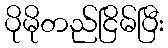
ပိုမိုတည်ငြိမ်ပြီး